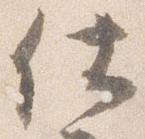
仕